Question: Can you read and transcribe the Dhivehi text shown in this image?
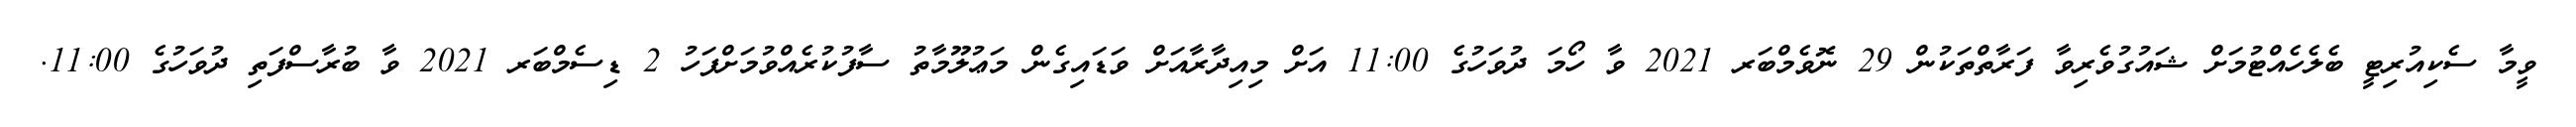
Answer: ވީމާ ސެކިއުރިޓީ ބެލެހެއްޓުމަށް ޝައުގުވެރިވާ ފަރާތްތަކުން 29 ނޮވެމްބަރ 2021 ވާ ހޯމަ ދުވަހުގެ 11:00 އަށް މިއިދާރާއަށް ވަޑައިގެން މަޢުލޫމާތު ސާފުކުރެއްވުމަށްފަހު 2 ޑިސެމްބަރ 2021 ވާ ބުރާސްފަތި ދުވަހުގެ 11:00.